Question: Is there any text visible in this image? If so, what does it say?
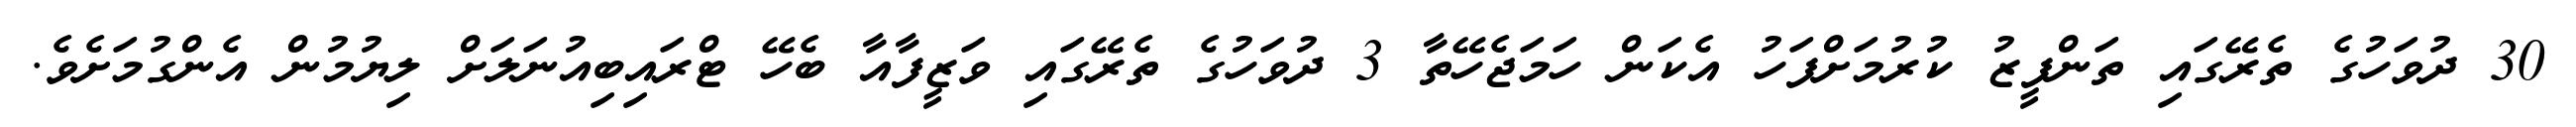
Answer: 30 ދުވަހުގެ ތެރޭގައި ތަންފީޒު ކުރުމަށްފަހު އެކަން ހަމަޖެހޭތާ 3 ދުވަހުގެ ތެރޭގައި ވަޒީފާއާ ބެހޭ ޓްރައިބިއުނަލަށް ލިޔުމުން އެންގުމަށެވެ.